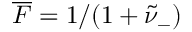
\overline { { F } } = 1 / ( 1 + \tilde { \nu } _ { - } )